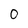
Character: 0